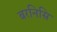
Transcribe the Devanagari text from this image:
बरनिसि